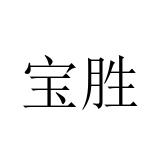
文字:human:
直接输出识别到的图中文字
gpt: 宝胜